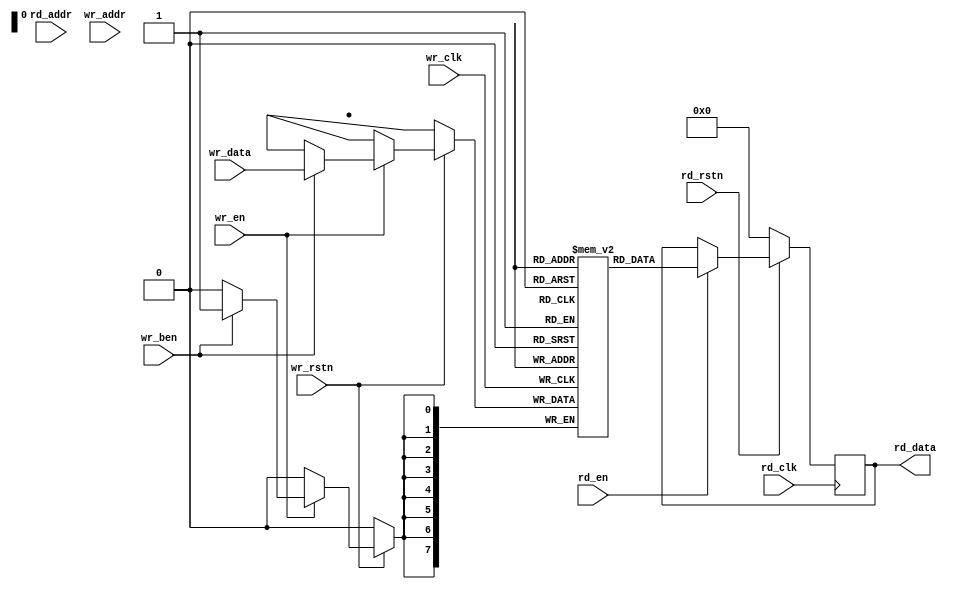
//******************************************************************************
/// @FILE    dc_block_ram.v
/// @AUTHOR  JAY CONVERTINO
/// @DATE    2024.03.07
/// @BRIEF   Generic Dual Port RAM
///
/// @LICENSE MIT
///  Copyright 2024 Jay Convertino
///
///  Permission is hereby granted, free of charge, to any person obtaining a copy
///  of this software and associated documentation files (the "Software"), to 
///  deal in the Software without restriction, including without limitation the
///  rights to use, copy, modify, merge, publish, distribute, sublicense, and/or 
///  sell copies of the Software, and to permit persons to whom the Software is 
///  furnished to do so, subject to the following conditions:
///
///  The above copyright notice and this permission notice shall be included in 
///  all copies or substantial portions of the Software.
///
///  THE SOFTWARE IS PROVIDED "AS IS", WITHOUT WARRANTY OF ANY KIND, EXPRESS OR 
///  IMPLIED, INCLUDING BUT NOT LIMITED TO THE WARRANTIES OF MERCHANTABILITY, 
///  FITNESS FOR A PARTICULAR PURPOSE AND NONINFRINGEMENT. IN NO EVENT SHALL THE
///  AUTHORS OR COPYRIGHT HOLDERS BE LIABLE FOR ANY CLAIM, DAMAGES OR OTHER 
///  LIABILITY, WHETHER IN AN ACTION OF CONTRACT, TORT OR OTHERWISE, ARISING 
///  FROM, OUT OF OR IN CONNECTION WITH THE SOFTWARE OR THE USE OR OTHER DEALINGS
///  IN THE SOFTWARE.
//******************************************************************************

`timescale 1ns/100ps

// block ram
module dc_block_ram #(
    parameter RAM_DEPTH  = 1,
    parameter BYTE_WIDTH = 1,
    parameter ADDR_WIDTH = 1,
    parameter BIN_FILE   = "",
    parameter RAM_TYPE   = "block"
  )
  (
    // read output
    input                         rd_clk,
    input                         rd_rstn,
    input                         rd_en,
    output  [(BYTE_WIDTH*8)-1:0]  rd_data,
    input   [ADDR_WIDTH-1:0]      rd_addr,
    // write input
    input                         wr_clk,
    input                         wr_rstn,
    input                         wr_en,
    input   [BYTE_WIDTH-1:0]      wr_ben,
    input   [(BYTE_WIDTH*8)-1:0]  wr_data,
    input   [ADDR_WIDTH-1:0]      wr_addr
  );
  
  integer index;

  (* ram_style = RAM_TYPE *) reg [(BYTE_WIDTH*8)-1:0] block_ram[RAM_DEPTH-1:0];
  reg [(BYTE_WIDTH*8)-1:0] r_rd_data;

  generate
    initial begin
      if(BIN_FILE != "") begin
        $readmemh(BIN_FILE, block_ram);
      end
    end
  endgenerate

  assign rd_data = r_rd_data;

  // Produce data for the buffer from the write input.
  always @(posedge wr_clk) begin
    if(wr_rstn != 1'b0) begin
      if(wr_en == 1'b1) begin
        for(index = 0; index < BYTE_WIDTH; index = index + 1)
        begin
          if(wr_ben[index] == 1'b1)
          begin
            block_ram[wr_addr][8*index +:8] <= wr_data[8*index +:8];
          end
        end
      end
    end
  end
  
  // Consume data from the buffer for the read output.
  always @(posedge rd_clk) begin
    if(rd_rstn == 1'b0) begin
      r_rd_data <= 0;
    end else begin
      if(rd_en == 1'b1)
      begin
        r_rd_data <= block_ram[rd_addr];
      end
    end
  end
  
endmodule